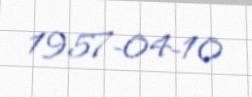
1957-04-10